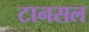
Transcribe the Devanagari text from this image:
टानसल